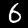
Digit: 6